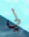
لي